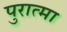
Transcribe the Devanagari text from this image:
पुरात्मा